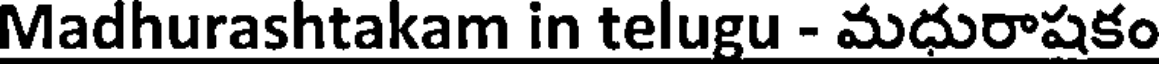
Madhurashtakam in telugu - మధురాషకం